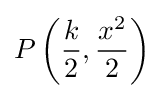
P\left({\frac {k}{2}},{\frac {x^{2}}{2}}\right)